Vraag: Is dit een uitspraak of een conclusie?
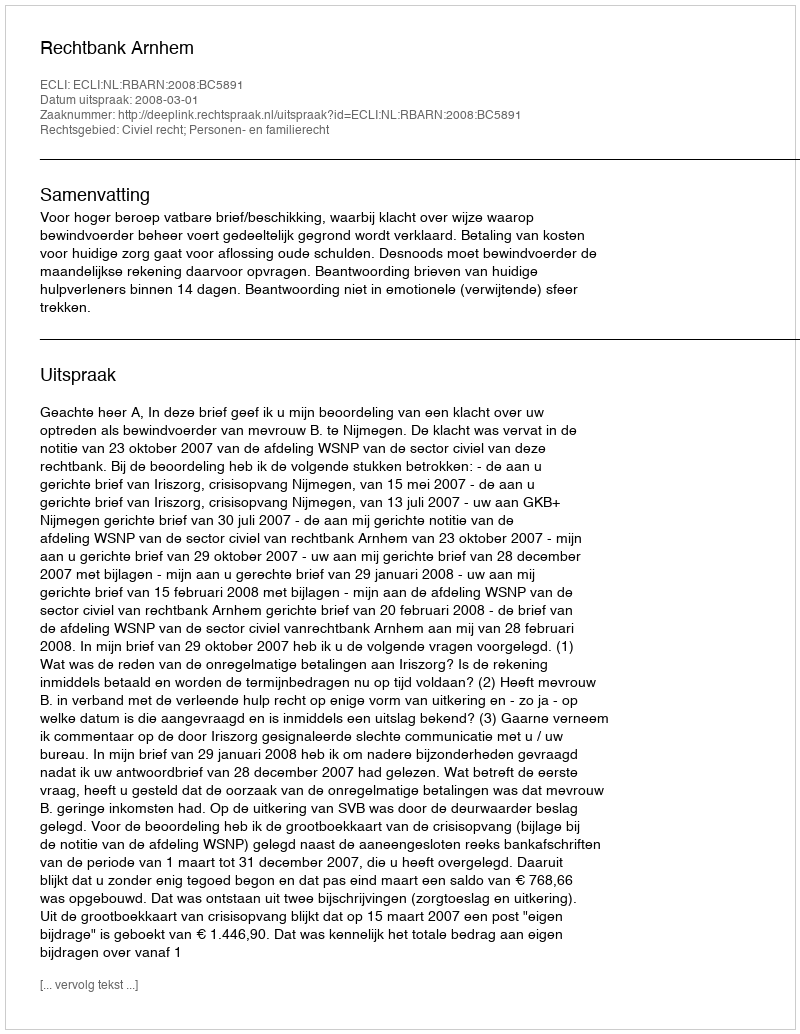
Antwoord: Uitspraak